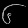
Digit: ၆